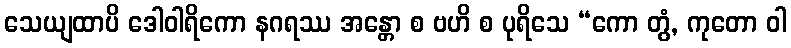
သေယျထာပိ ဒေါဝါရိကော နဂရဿ အန္တော စ ဗဟိ စ ပုရိသေ “ကော တွံ, ကုတော ဝါ